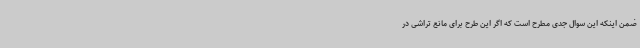
ضمن اینکه این سوال جدی مطرح است که اگر این طرح برای مانع تراشی در